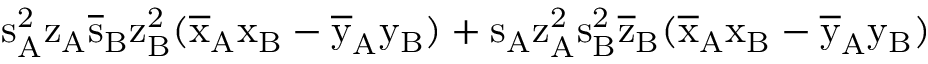
\mathrm { s _ { A } ^ { 2 } \mathrm { z _ { A } \mathrm { \overline { { s } } _ { B } \mathrm { z _ { B } ^ { 2 } ( \mathrm { \overline { { x } } _ { A } \mathrm { x _ { B } - \mathrm { \overline { { y } } _ { A } \mathrm { y _ { B } ) + \mathrm { s _ { A } \mathrm { z _ { A } ^ { 2 } \mathrm { s _ { B } ^ { 2 } \mathrm { \overline { { z } } _ { B } ( \mathrm { \overline { { x } } _ { A } \mathrm { x _ { B } - \mathrm { \overline { { y } } _ { A } \mathrm { y _ { B } ) } } } } } } } } } } } } } } } }